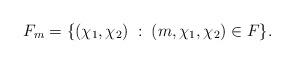
LaTeX: \begin{align*}F_m = \{ (\chi_1, \chi_2) \;:\; (m, \chi_1, \chi_2)\in F\}.\end{align*}